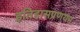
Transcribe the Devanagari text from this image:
इतिहासप्रणयन